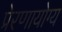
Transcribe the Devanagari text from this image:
प्रेरणायोग्य